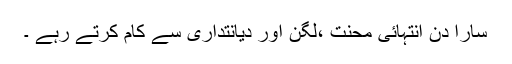
سارا دن انتہائی محنت ،لگن اور دیانتداری سے کام کرتے رہے ۔